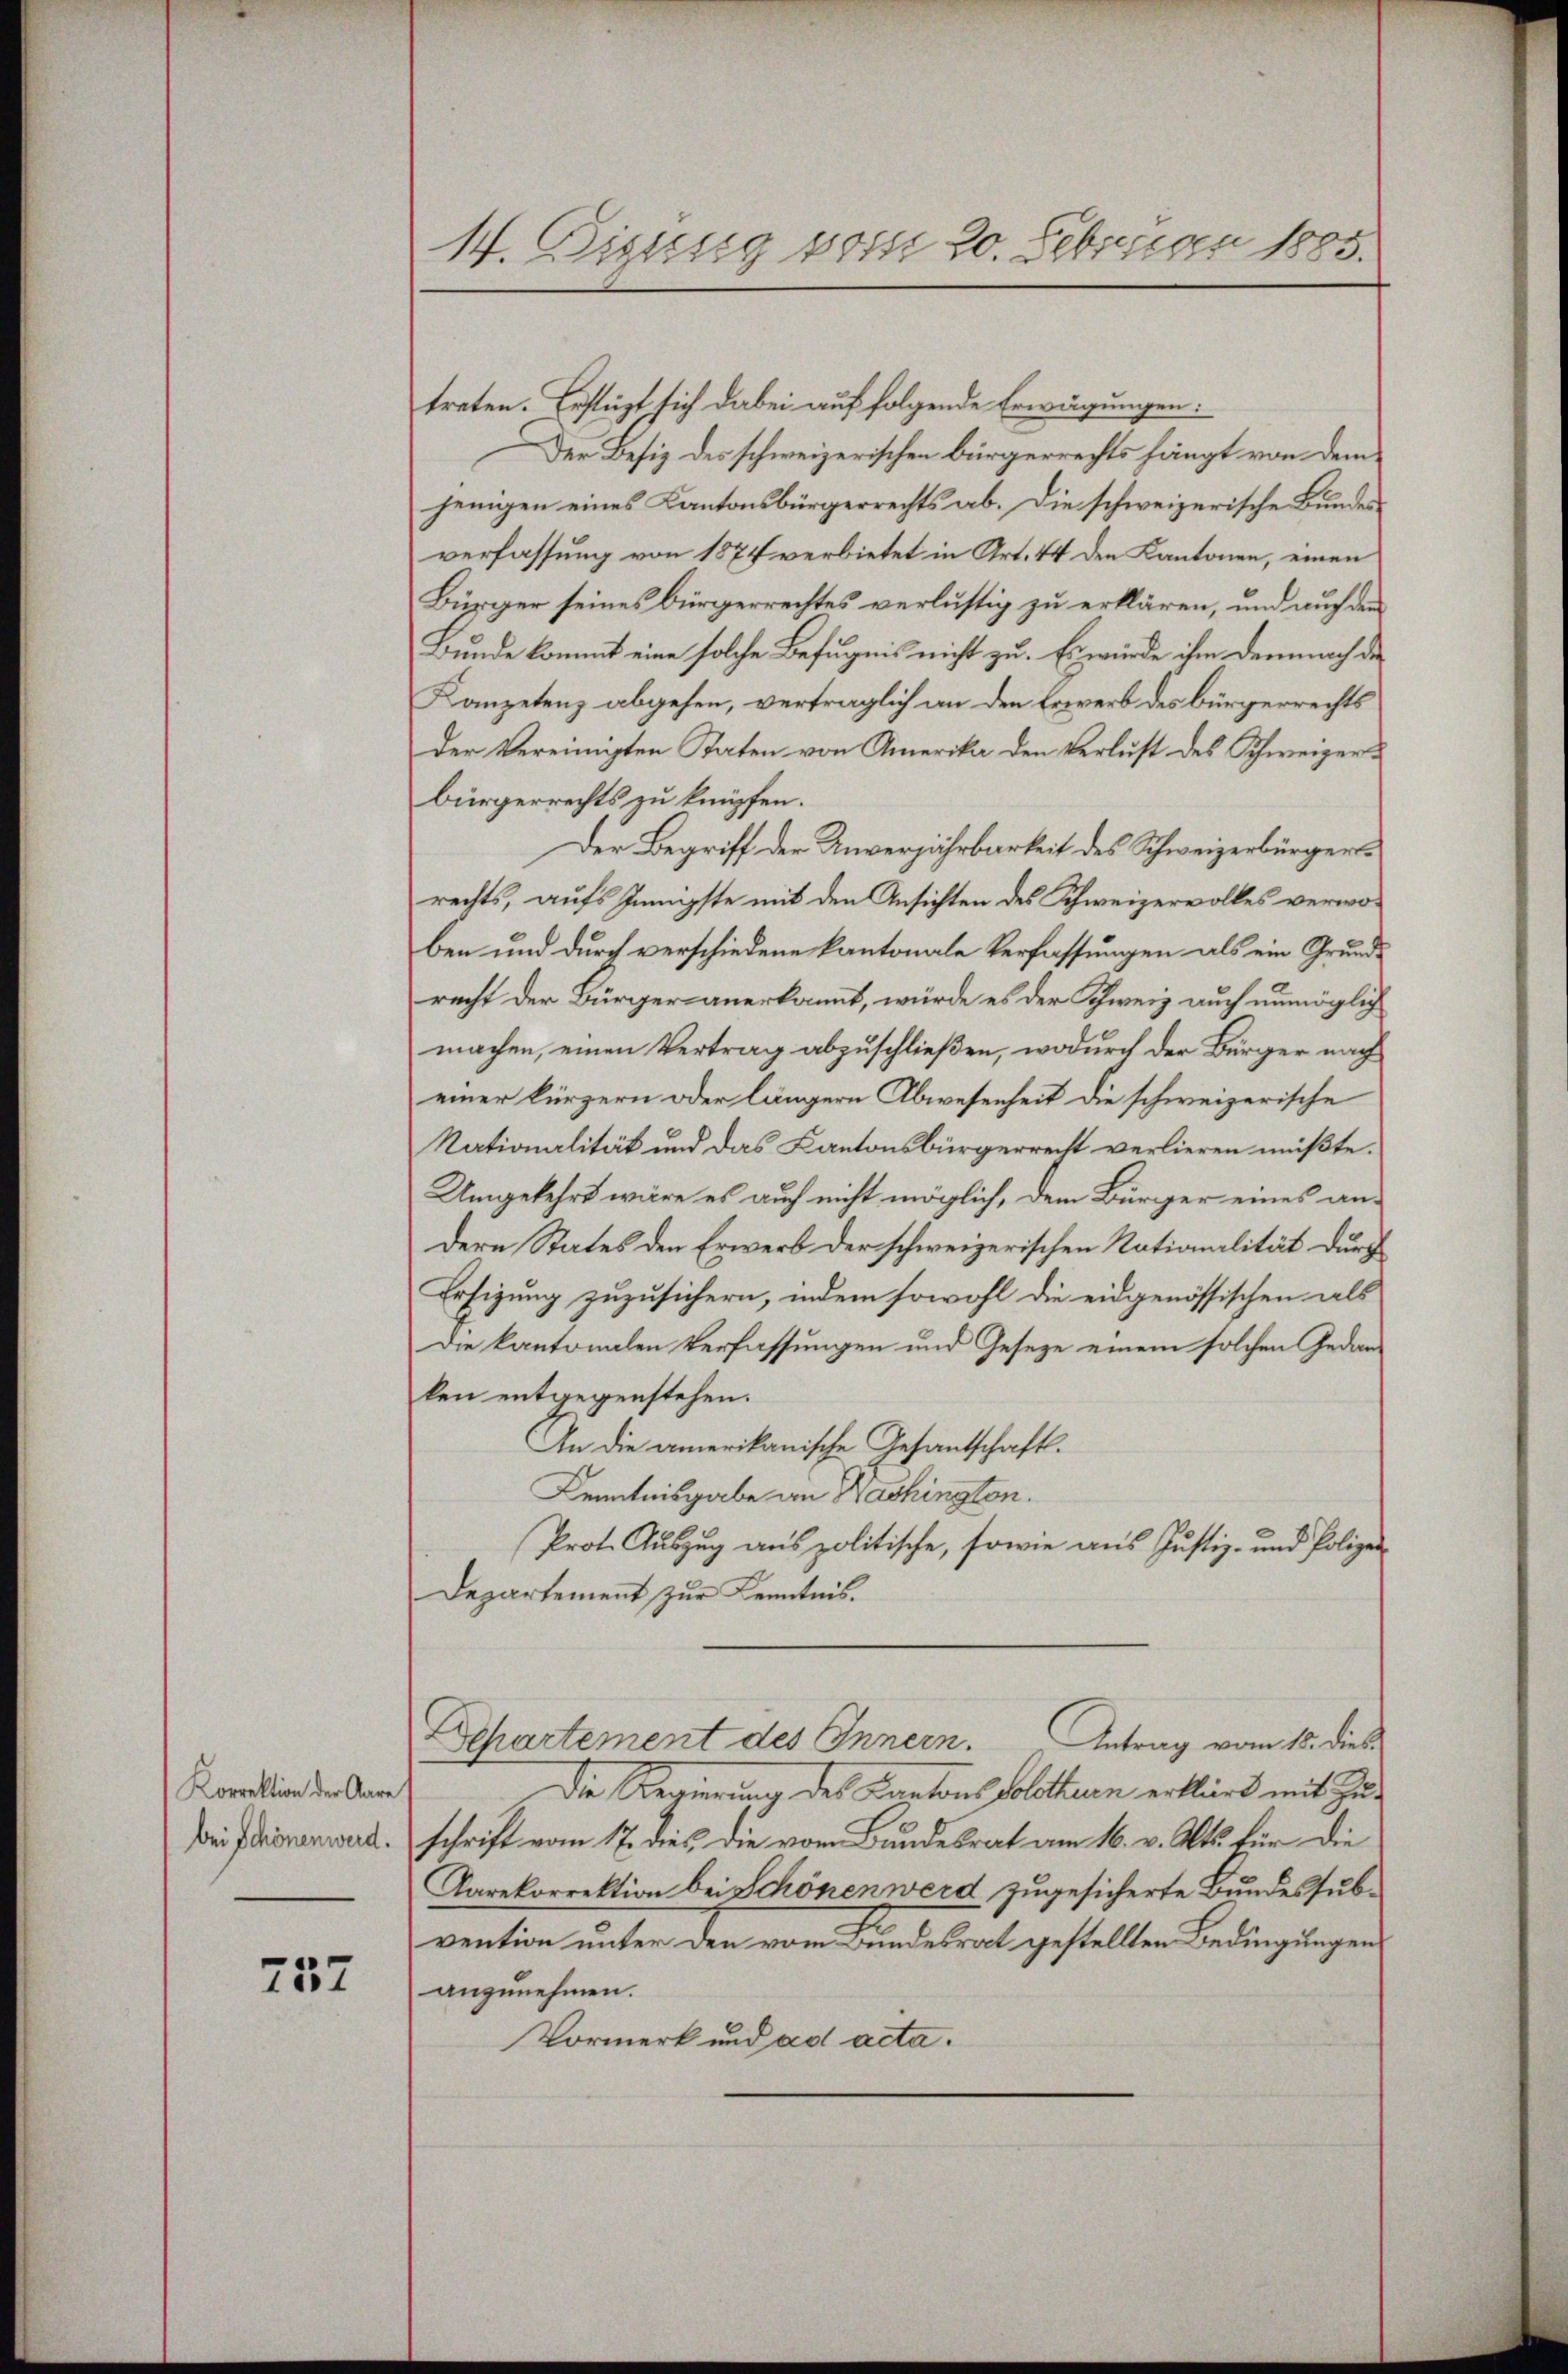
Korrektion der Aare
bei Schönenwerd.

757

W. Fisung vom 20. Februar 1885.

treten. Erstüzt sich dabei auf folgende Erwägungen:
Der Besiz des schweizerischen Bürgerrechts hängt von dem
jenigen eines Kantonsbürgerrechts ab. Die schweizerische Bundesverfassung von 1874 verbietet in Art. 44 den Kantonen, einen
Bürger seines Bürgerrechtes verlustig zu erklären, und auch den
Bunde kommt eine solche Befugnis nicht zu. Es würde ihm demnach die
Kanzetenz abgehen, verträglich an den Erwerb des bürgerrechts
Der Vereinigten Taten von Amerika den Verlust des Schweizerbürgerrechts zu knüpfen.
Der Begriff der Unverjährbarkeit des Schweizerbürgerrechts, aufs Innigste mit den Ansichten des Schweizervolles verwoben und durch verschiedene Kantonale Verfassungen als ein Grundrecht der Bürger anerkannt, würde es der Schweiz auch unmöglich
machen, einen Vertrag abzuschließen, wodurch der Bürger nach
einer kürzern oder längern Abwesenheit die schweizerische
Nationalität und das Kantonsbürgerrecht verlieren müßte.
Umgekehrt wäre es auch nicht möglich, dem Bürger eines an-
dern States den Erwerb der schweizerischen Nationalität durch
Ersizung zuzusichern, indem sowohl die eidgenössischen als
Die kantonalen Verfassungen und Gesetze einem solchen Gedan-
ken entgegenstehen.
An die amerikanische Gesantschaft.
Kenntnisgabe an Washington.
Prot. Auszug aus politische, sowie aus Justiz- und Polizei-
Departement zur Kenntnis¬
Echartement des Innern. Antrag vom 18. dies
Die Regierung des Cantons Solothurn erklärt mit Zuschrift vom 17. dies, die vom Bundesrat am 16. v. Mts. für die
Karekorrektion bei Schönen werd zugesicherte Bundessubvention unter den vom Bundesrat gestellten Bedingungen
anzunehmen.
Vormerk und ad acta.